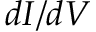
d I / d V